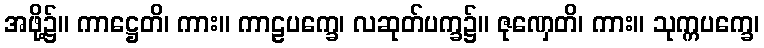
အဖို့၌။ ကာဋ္ဌေတိ၊ ကား။ ကာဠပက္ခေ၊ လဆုတ်ပက္ခ၌။ ဇုဏှေတိ၊ ကား။ သုက္ကပက္ခေ၊